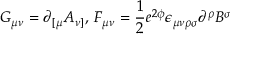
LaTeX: G _ { \mu \nu } = \partial _ { [ \mu } A _ { \nu ] } , \, F _ { \mu \nu } = \frac { 1 } { 2 } e ^ { 2 \phi } \epsilon _ { \mu \nu \rho \sigma } \partial ^ { \rho } B ^ { \sigma }